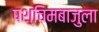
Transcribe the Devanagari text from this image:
पश्चिमबाजुला